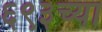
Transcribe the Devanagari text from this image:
६९३च्या